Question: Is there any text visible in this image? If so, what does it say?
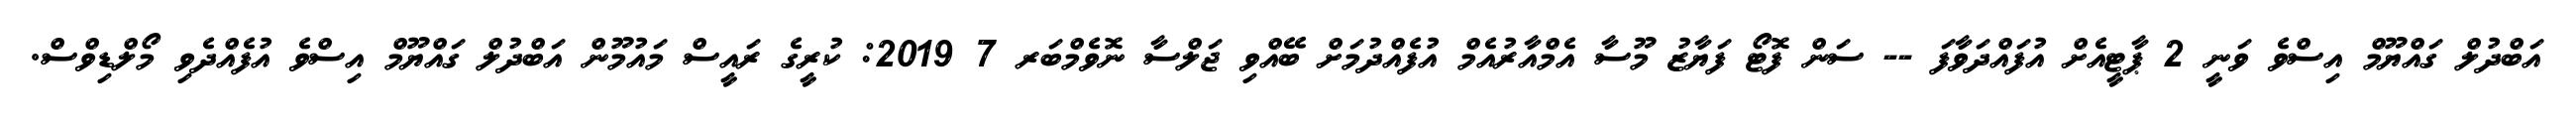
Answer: އަބްދުލް ގައްޔޫމް އިސްވެ ވަނީ 2 ޕާޓީއެށް އުފައްދަވާފަ -- ސަން ފޮޓޯ ފަޔާޒު މޫސާ އެމްއާރުއެމް އުފެއްދުމަށް ބޭއްވި ޖަލްސާ ނޮވެމްބަރ 7 2019: ކުރީގެ ރައީސް މައުމޫން އަބްދުލް ގައްޔޫމް އިސްވެ އުފެއްދެވި މޯލްޑިވްސް.